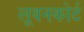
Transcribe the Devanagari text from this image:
लूवनकोर्ट